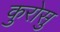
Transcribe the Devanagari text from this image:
कुरोसु